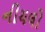
નીચલો